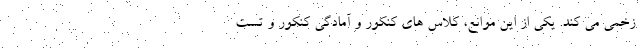
زخمی می کند. یکی از این موانع، کلاس های کنکور و آمادگی کنکور و تست